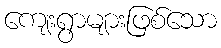
ကျေးရွာများဖြစ်သော